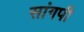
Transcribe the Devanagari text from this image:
सांगपी